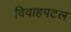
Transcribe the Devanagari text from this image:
विवाहपटल